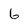
Character: 6